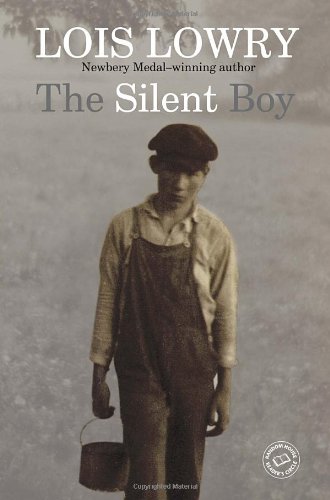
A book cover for The Silent Boy (Random House Reader's Circle); Lois Lowry; Teen & Young Adult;